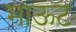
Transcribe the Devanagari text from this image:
माऊट